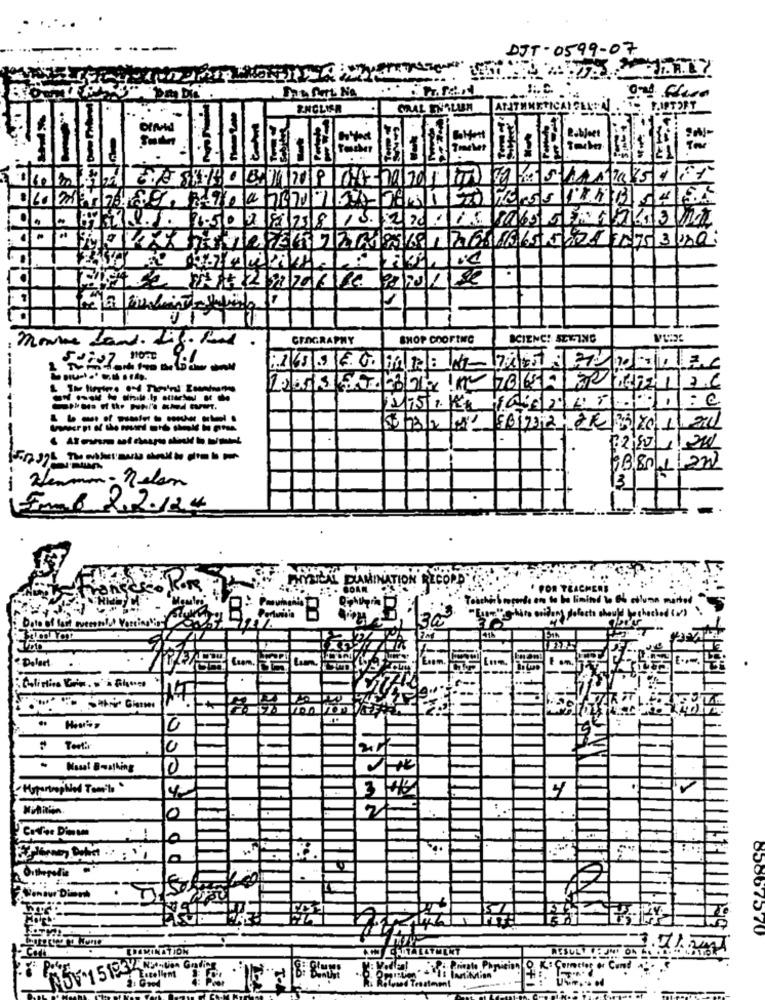
DJT - 0599 - 07
ENGLISH
SOUL INCLUEM ARITHMETICAI FEITA:"
1 .16 PIPTOFT
1 6 2137 76. 89. 7-70 4 7470
GEOGRAPHY
SHOP COOFTHE
SCIENC! SETTING
---------.
--
003/2 01 561932,26 25|20111 290
Herman- Melon
3
2.2.124
HYNICAL DU
Teacher & reports on to be limited to the column mais
perfecto should bechecked (v)?
Date of fart werth
Dolart
Com.
0
" Teetir
- Kasat Bathing
0
·Hypertrophied Tamils "
3
4
2
0
safood
85867570
RESUL !!
55-15 13CK NER-LOA Goding
Locollant
T-